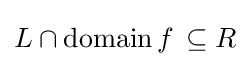
L\cap \operatorname {domain} f\,\subseteq R